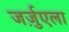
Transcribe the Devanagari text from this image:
जर्ज़ुएला